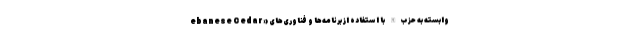
ebanese Cedar» وابسته به حزب‌الله با استفاده از برنامه‌ها و فناوری‌های